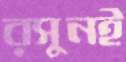
রসুনই